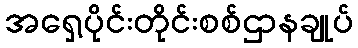
အရှေ့ပိုင်းတိုင်းစစ်ဌာနချုပ်